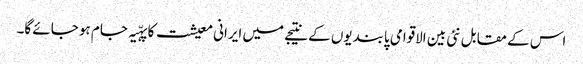
اس کے مقابل نئی بین الاقوامی پابندیوں کے نتیجے میں ایرانی معیشت کا پہّیہ جام ہو جائے گا۔